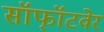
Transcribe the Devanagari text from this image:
सॉफॉ्टवेर